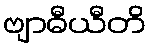
ဗျာဓီယီတိ